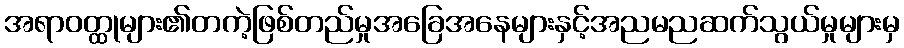
အရာဝတ္ထုများ၏တကဲ့ဖြစ်တည်မှုအခြေအနေများနှင့်အညမညဆက်သွယ်မှုများမှ